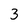
Character: 3